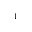
^ { - 1 }